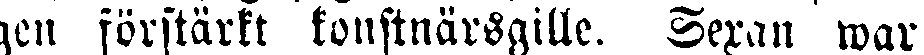
gen förstärkt konstnärsgille. Sexan war